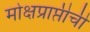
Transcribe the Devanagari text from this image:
मोक्षप्राप्तीची